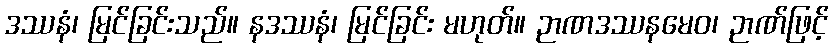
ဒဿနံ၊ မြင်ခြင်းသည်။ နဒဿနံ၊ မြင်ခြင်း မဟုတ်။ ဉာဏဒဿနမေဝ၊ ဉာဏ်ဖြင့်